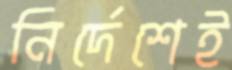
নির্দেশেই